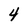
Character: 4